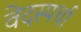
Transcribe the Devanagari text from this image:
वेदस्पर्धा